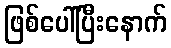
ဖြစ်ပေါ်ပြီးနောက်